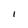
Character: I